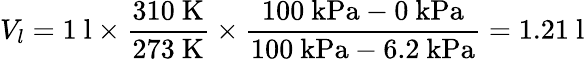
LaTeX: V_{l}=1\ \mathrm{l}\times{\frac{310\ \mathrm{K}}{273\ \mathrm{K}}}\times{\frac{100\ \mathrm{kPa}-0\ \mathrm{kPa}}{100\ \mathrm{kPa}-6.2\ \mathrm{kPa}}}=1.21\ \mathrm{l}